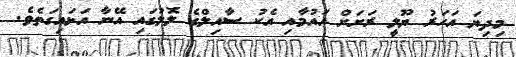
މިދިޔަ އަހަރު ޔޫލީ ރަށަށް އައުމާއި އެކު ސާއިލްގެ ލޮލުގައި އޭނާ އަޅައިގަތެވެ.